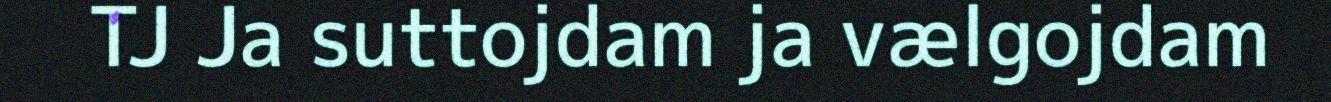
TJ Ja suttojdam ja vælgojdam